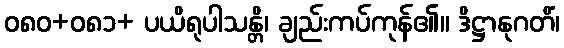
ဝ၈၀+၀၈၁+ ပယိရုပါသန္တိ၊ ချည်းကပ်ကုန်၏။ ဒိဋ္ဌာနုဂတိံ၊